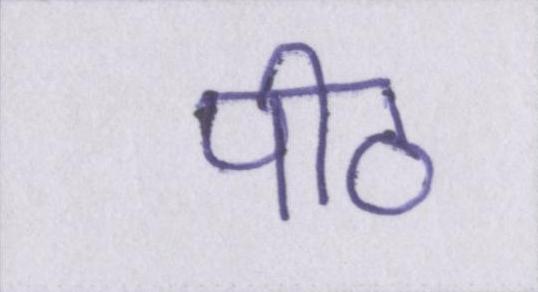
पीठ